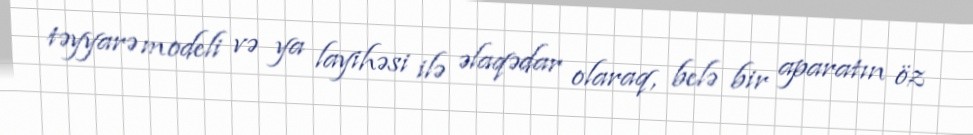
təyyarə modeli və ya layihəsi ilə əlaqədar olaraq, belə bir aparatın öz